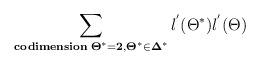
LaTeX: \begin{align*}\sum_{\bf{codimension} \; \Theta^{*} = 2, \Theta^{*} \in \Delta^{*}}{l^{'}(\Theta^{*})l^{'}(\Theta)}\end{align*}